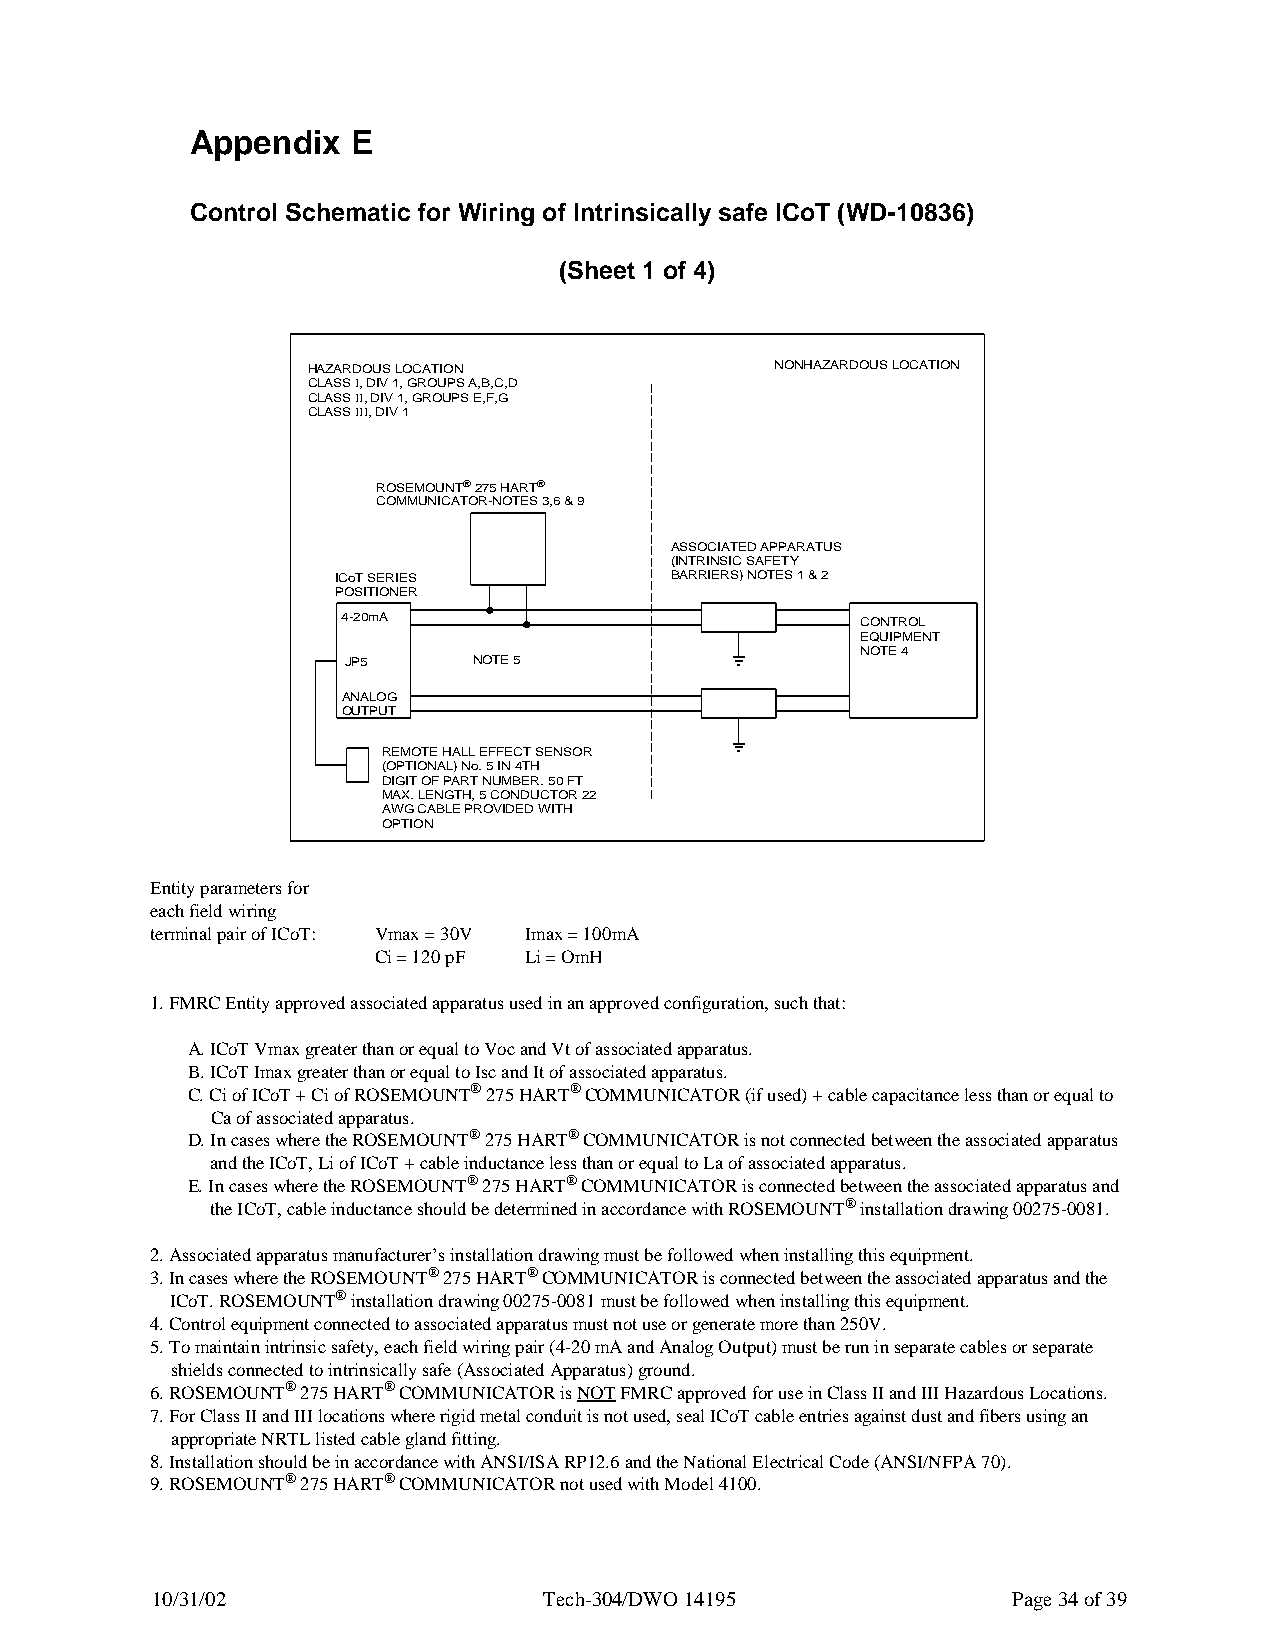
Appendix  E
 Control Schematic for Wiring of Intrinsically safe ICoT (WD-10836)
 (Sheet 1 of 4)
 HAZARDOUS LOCATION             NONHAZARDOUS LOCATION
 CLASS I, DIV 1, GROUPS A,B,C,D
 CLASS II, DIV 1, GROUPS E,F,G
 CLASS III, DIV 1
 ROSEMOUNT® 275 HART®
 COMMUNICATOR-NOTES 3,6 & 9
 ASSOCIATED APPARATUS
 (INTRINSIC SAFETY
 ICoT SERIES           BARRIERS) NOTES 1 & 2
 POSITIONER
 4-20mA                            CONTROL
 EQUIPMENT
 NOTE 4
 JP5     NOTE 5
 ANALOG
 OUTPUT
 REMOTE HALL EFFECT SENSOR
 (OPTIONAL) No. 5 IN 4TH
 DIGIT OF PART NUMBER. 50 FT
 MAX. LENGTH, 5 CONDUCTOR 22
 AWG CABLE PROVIDED WITH
 OPTION
 Entity parameters for
 each field wiring
 terminal pair of ICoT: Vmax = 30V Imax = 100mA
 Ci = 120 pF Li = OmH
 1. FMRC Entity approved associated apparatus used in an approved configuration, such that:
 A. ICoT Vmax greater than or equal to Voc and Vt of associated apparatus.
 B. ICoT Imax greater than or equal to Isc and It of associated apparatus.
 C. Ci of ICoT + Ci of ROSEMOUNT® 275 HART® COMMUNICATOR (if used) + cable capacitance less than or equal to
 Ca of associated apparatus.
 D. In cases where the ROSEMOUNT® 275 HART® COMMUNICATOR is not connected between the associated apparatus
 and the ICoT, Li of ICoT + cable inductance less than or equal to La of associated apparatus.
 E. In cases where the ROSEMOUNT® 275 HART® COMMUNICATOR is connected between the associated apparatus and
 the ICoT, cable inductance should be determined in accordance with ROSEMOUNT® installation drawing 00275-0081.
 2. Associated apparatus manufacturer’s installation drawing must be followed when installing this equipment.
 3. In cases where the ROSEMOUNT® 275 HART® COMMUNICATOR is connected between the associated apparatus and the
 ICoT. ROSEMOUNT® installation drawing 00275-0081 must be followed when installing this equipment.
 4. Control equipment connected to associated apparatus must not use or generate more than 250V.
 5. To maintain intrinsic safety, each field wiring pair (4-20 mA and Analog Output) must be run in separate cables or separate
 shields connected to intrinsically safe (Associated Apparatus) ground.
 6. ROSEMOUNT® 275 HART® COMMUNICATOR is NOT FMRC approved for use in Class II and III Hazardous Locations.
 7. For Class II and III locations where rigid metal conduit is not used, seal ICoT cable entries against dust and fibers using an
 appropriate NRTL listed cable gland fitting.
 8. Installation should be in accordance with ANSI/ISA RP12.6 and the National Electrical Code (ANSI/NFPA 70).
 9. ROSEMOUNT® 275 HART® COMMUNICATOR not used with Model 4100.
 10/31/02                  Tech-304/DWO 14195             Page 34 of 39